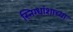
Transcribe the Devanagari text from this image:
स्निग्धांशाच्या